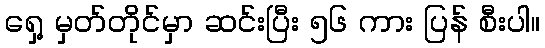
ရှေ့ မှတ်တိုင်မှာ ဆင်းပြီး ၅၆ ကား ပြန် စီးပါ။